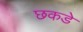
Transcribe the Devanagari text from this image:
छकडे